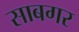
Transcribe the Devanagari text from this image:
साबगर